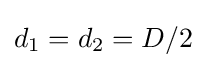
d_{1}=d_{2}=D/2